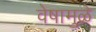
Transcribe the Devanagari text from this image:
वेषामुळे